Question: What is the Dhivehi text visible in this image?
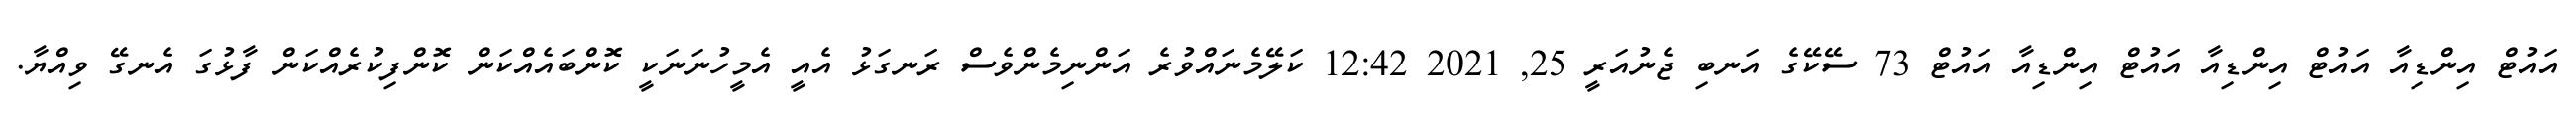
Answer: އައުޓް އިންޑިއާ އައުޓް އިންޑިއާ އައުޓް އިންޑިއާ އައުޓް 73 ސޭކޭގެ އަނބި ޖެނުއަރީ 25, 2021 12:42 ކަލޭމެނައްވުރެ އަންނިމެންވެސް ރަނގަޅު އެއީ އެމީހުނަނަކީ ކޮންބައެއްކަން ކޮންފިކުރެއްކަން ފާޅުގަ އެނގޭ ވިއްޔާ.